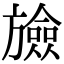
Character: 𣄝